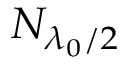
N _ { \lambda _ { 0 } / 2 }